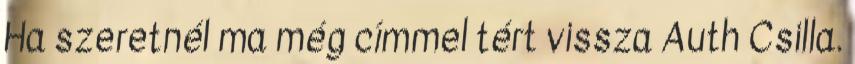
Ha szeretnél ma még címmel tért vissza Auth Csilla.